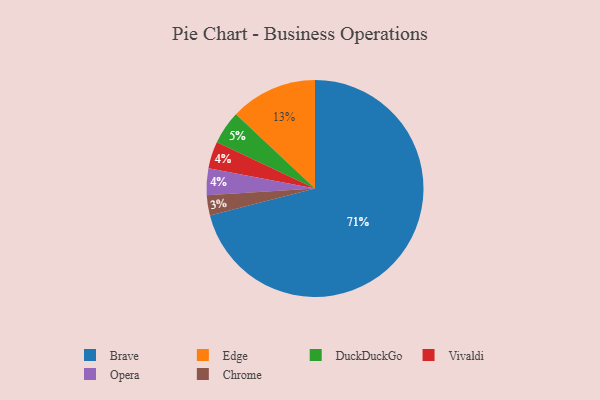
{"axis": {"x": "Category", "y": "Percentage"}, "legend": ["Brave", "Chrome", "DuckDuckGo", "Edge", "Opera", "Vivaldi"], "data": [{"x": "DuckDuckGo", "y": 5, "type": "DuckDuckGo"}, {"x": "Brave", "y": 71, "type": "Brave"}, {"x": "Vivaldi", "y": 4, "type": "Vivaldi"}, {"x": "Chrome", "y": 3, "type": "Chrome"}, {"x": "Edge", "y": 13, "type": "Edge"}, {"x": "Opera", "y": 4, "type": "Opera"}]}